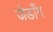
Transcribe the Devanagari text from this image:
जेडाँग